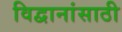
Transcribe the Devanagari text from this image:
विद्वानांसाठी